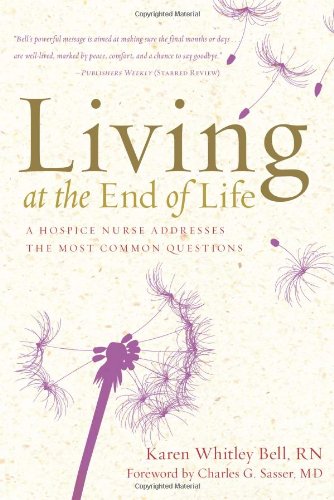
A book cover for Living at the End of Life: A Hospice Nurse Addresses the Most Common Questions; Karen Whitley Bell RN; Self-Help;